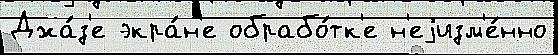
Джа́з'е экра́н'е обрабо́тк'е н'еjизм'е́нно